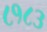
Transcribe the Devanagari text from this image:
८१८३